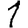
Digit: 1